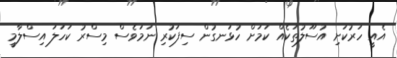
އެއީ ހަރުކަށި އުސޫލުތަކެއް ކަމަށް ހުޅަނގުން ސިފަކުރި ނަމަވެސް މިސްރު ކަހަލަ އިސްލާމީ